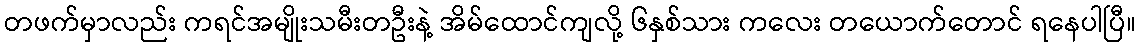
တဖက်မှာလည်း ကရင်အမျိုးသမီးတဦးနဲ့ အိမ်ထောင်ကျလို့ ၆နှစ်သား ကလေး တယောက်တောင် ရနေပါပြီ။